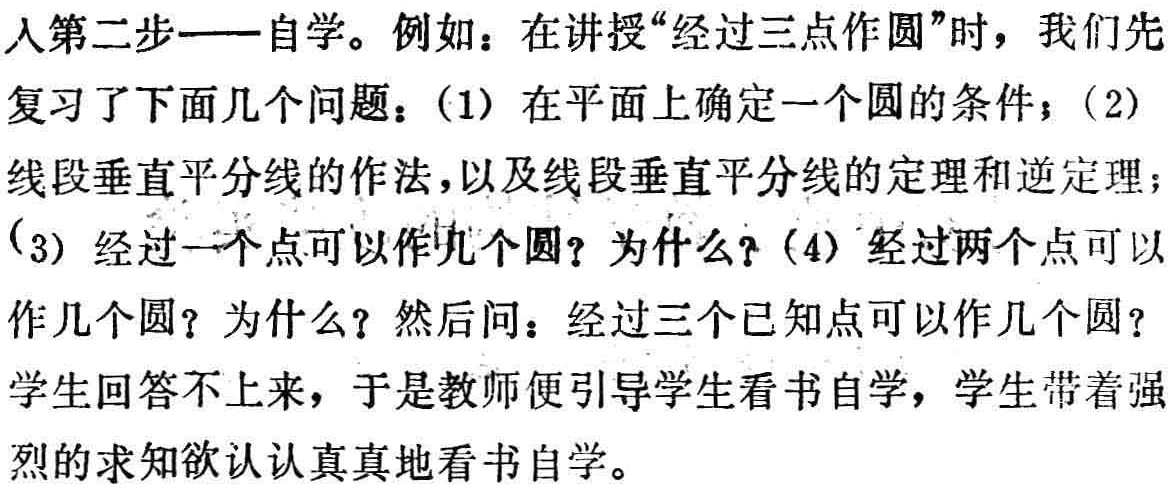
人第二步——自学。例如：在讲授“经过三点作圆”时，我们先复习了下面几个问题：(1) 在平面上确定一个圆的条件；(2) 线段垂直平分线的作法，以及线段垂直平分线的定理和逆定理；(3) 经过一个点可以作几个圆？为什么？(4) 经过两个点可以作几个圆？为什么？然后问：经过三个已知点可以作几个圆？学生回答不上来，于是教师便引导学生看书自学，学生带着强烈的求知欲认认真真地看书自学。